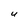
Character: u